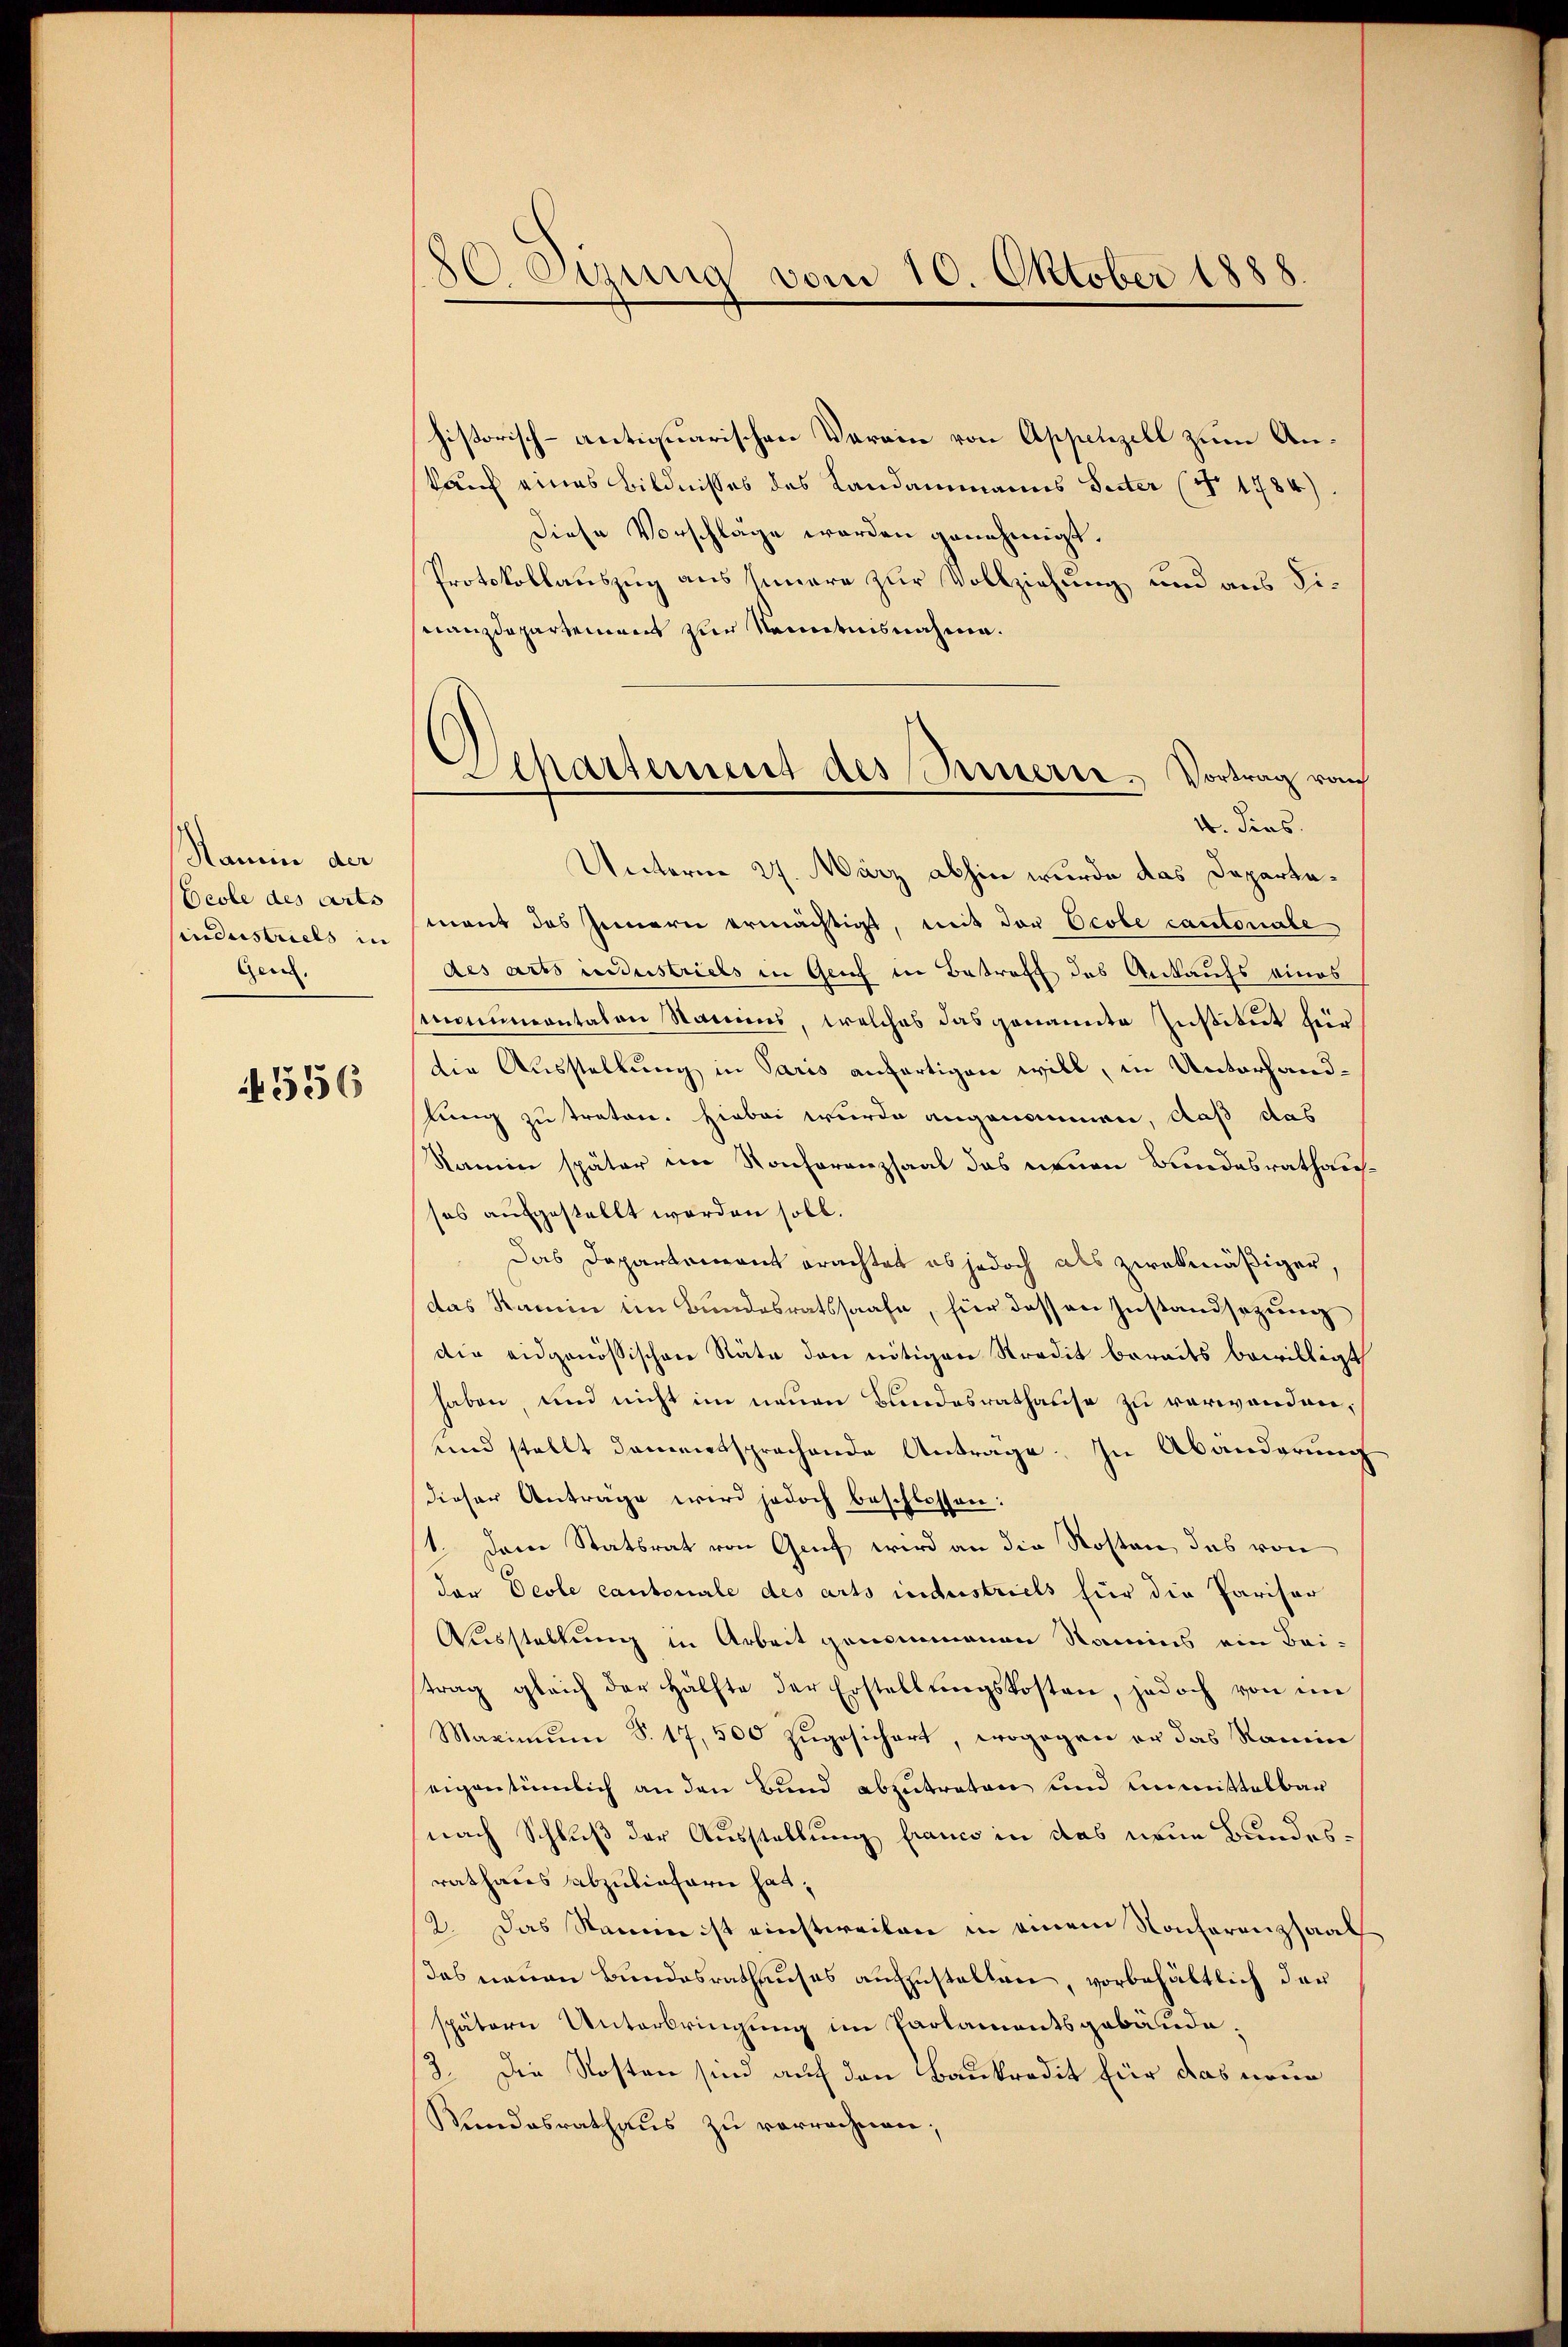
Namin der
Beole des arts
hindustriels in
Gen.

556

80 Sizung vom 10. Oktober 1888

historisch-antiquarischen Verain von Appenzell zum Ankauf eines Bildnisses des Landammanns Seiter (No 1784)
Diese Vorschläge werden genehmigt.
Protokollauszug aus Innere zur Vollziehung und aus Finanzdepartement zur Kenntnisnahme.
Unterm 27. März abhin wurde das Departemant das Innern ermächtigt, mit der Ecobe cantonale
des arts industriebs in Genf in Betreff des Ankaufs eines
monumentalen Samms, welches das genannte Institut für
die Ausstellung in Paris anfertigen will, in Unterhandlung zu traten. Hiebei wurde angenommen, daß das
Namin später im Konferenzsaal das neuen Bundesrathausses aufgestellt worden soll.
Das Departement erachtet es jedoch als zwekmäßiger,
(das Kamin im Bundesratssaale, für dessen Zustandsazung
die eidgenössischen Räte den nötigen Stradit bereits bewilligt
haben, und nicht im neuen Bundesrathause zu verwanden.
und stellt damentsprachende Antrage. In Abänderung
dieser Anträge wird jedoch beschlossen:
1. Der Statsrat von Genf wird an die Kosten, das von
der Ocole cantonale des arts industriels für die Pariser
Ausstellung in Arbeit genommenen Namens ein Baistrag gleich der Hälfte der Erstellŭngskosten, jedoch von im
Maximum S. 17, 500 zugesichert, wogegen er das Ramin
eigentümlich an den Bund abzutreten und unmittelbar
nach Schluß der Ausstellung franco in das neue Bundesrathares abzuliefern hat,
2. Das Stamme ist einstweilen in einem Konferenzsaal
as neuen Bundesrathauses aufzustellen, vorbehältlich der
spätern Unterbringung im Parlamentsgebäude.
3. Die Kosten sind auf den Baukredit für das neue
Kindesrathaus zu verrechnen;

Departement des Sinnern, Vortrag vom
4. dies